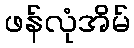
ဖန်လုံအိမ်